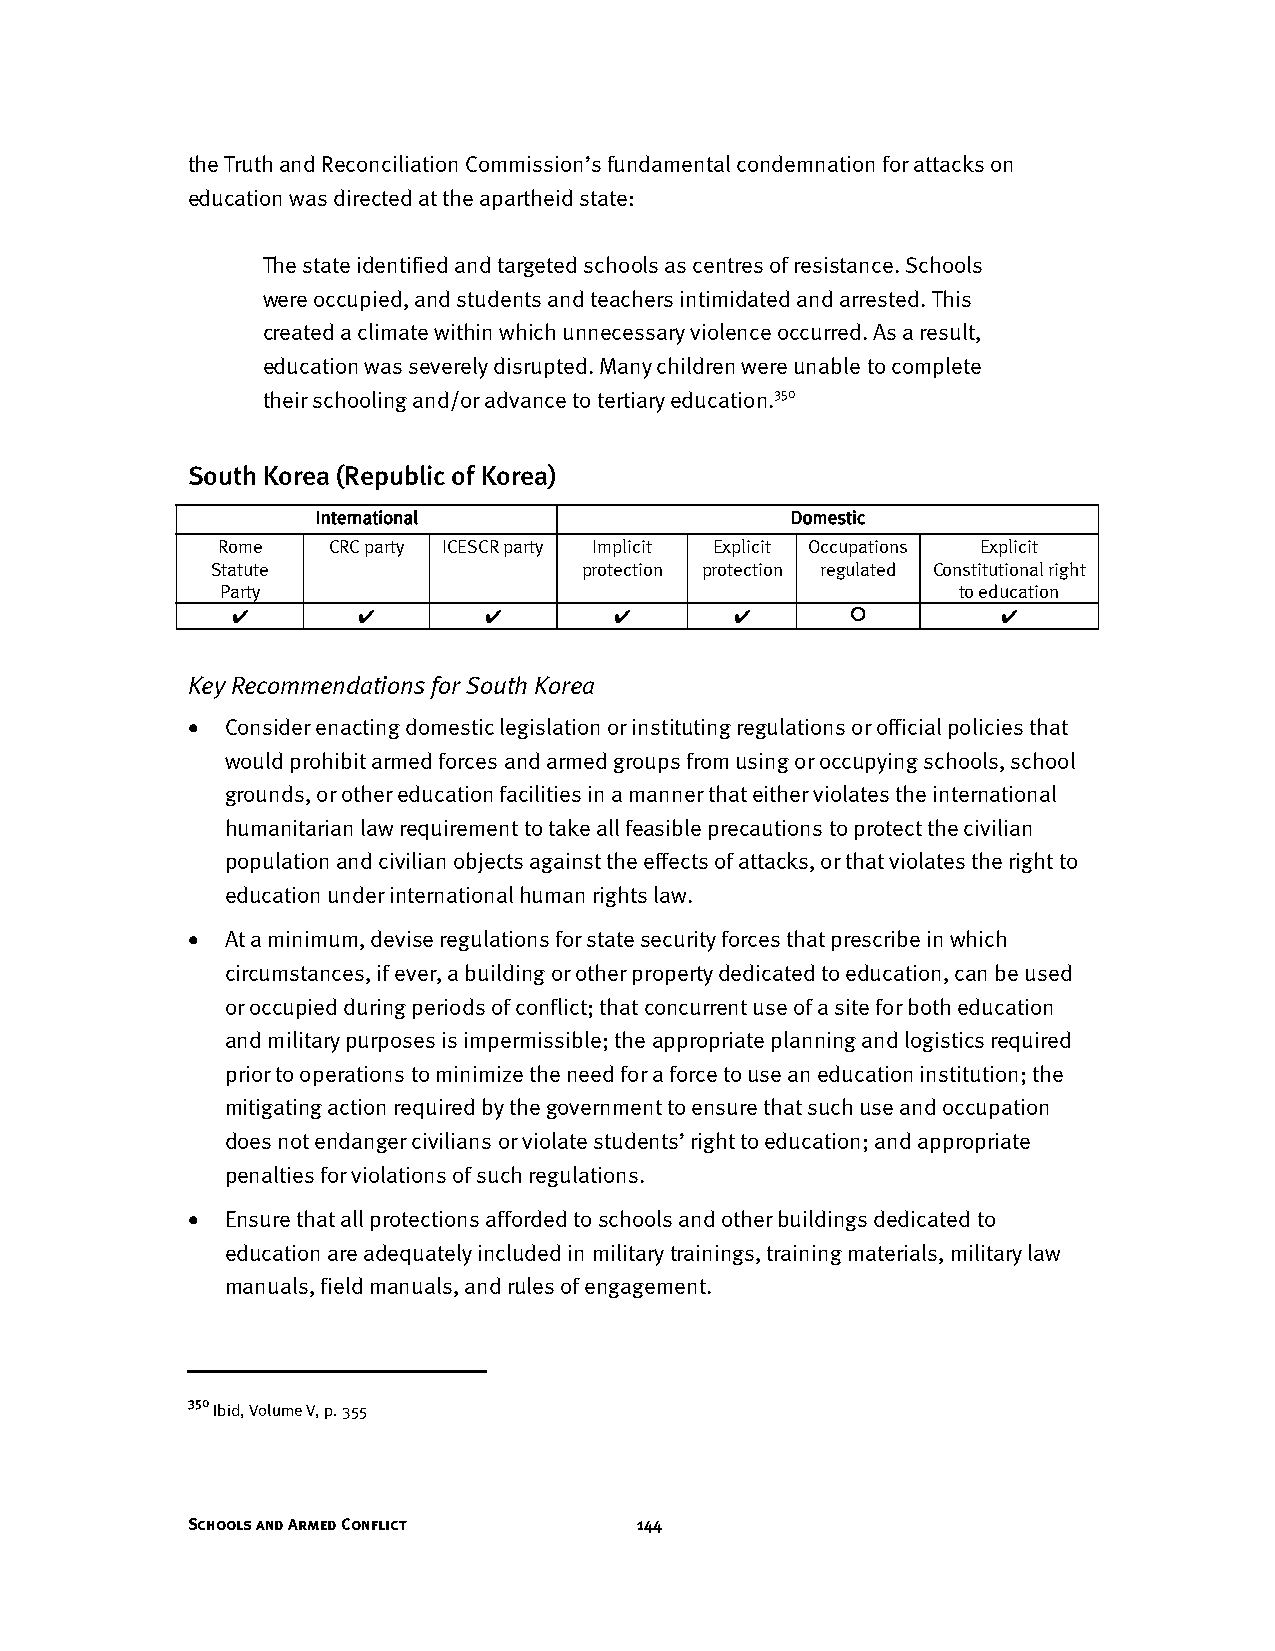
the Truth and Reconciliation Commission’s fundamental condemnation for attacks on
 education was directed at the apartheid state:
 The state identified and targeted schools as centres of resistance. Schools
 were occupied, and students and teachers intimidated and arrested. This
 created a climate within which unnecessary violence occurred. As a result,
 education was severely disrupted. Many children were unable to complete
 their schooling and/or advance to tertiary education.350
 South Korea (Republic of Korea)
 International                  Domestic
 Rome    CRC party ICESCR party Implicit Explicit Occupations Explicit
 Statute                  protection protection regulated Constitutional right
 Party                                           to education
 ✔        ✔       ✔        ✔       ✔               ✔
 Key Recommendations for South Korea
 •  Consider enacting domestic legislation or instituting regulations or official policies that
 would prohibit armed forces and armed groups from using or occupying schools, school
 grounds, or other education facilities in a manner that either violates the international
 humanitarian law requirement to take all feasible precautions to protect the civilian
 population and civilian objects against the effects of attacks, or that violates the right to
 education under international human rights law.
 •  At a minimum, devise regulations for state security forces that prescribe in which
 circumstances, if ever, a building or other property dedicated to education, can be used
 or occupied during periods of conflict; that concurrent use of a site for both education
 and military purposes is impermissible; the appropriate planning and logistics required
 prior to operations to minimize the need for a force to use an education institution; the
 mitigating action required by the government to ensure that such use and occupation
 does not endanger civilians or violate students’ right to education; and appropriate
 penalties for violations of such regulations.
 •  Ensure that all protections afforded to schools and other buildings dedicated to
 education are adequately included in military trainings, training materials, military law
 manuals, field manuals, and rules of engagement.
 350
 Ibid, Volume V, p. 355
 Schools and Armed Conflict    144